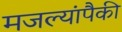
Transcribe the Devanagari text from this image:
मजल्यांपैकी